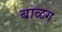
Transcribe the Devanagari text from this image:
बाळग